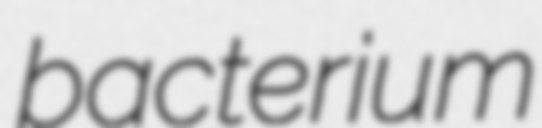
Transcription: bacterium